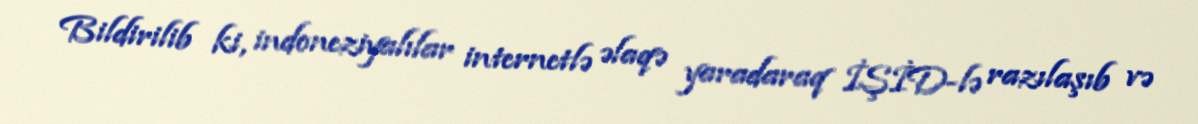
Bildirilib ki, indoneziyalılar internetlə əlaqə yaradaraq İŞİD-lə razılaşıb və